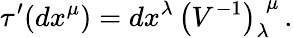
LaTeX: \tau^{\prime}(dx^{\mu})={}dx^{\lambda}\, \left(V^{-1}\right)_{\lambda}^{\, \, \mu}\, .